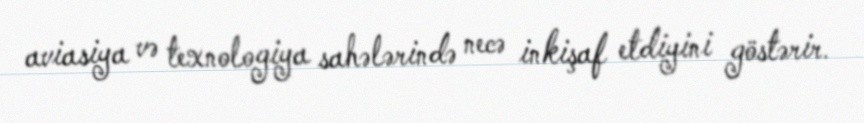
aviasiya və texnologiya sahələrində necə inkişaf etdiyini göstərir.